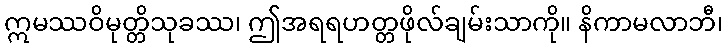
ဣမဿဝိမုတ္တိသုခဿ၊ ဤအရရဟတ္တဖိုလ်ချမ်းသာကို။ နိကာမလာဘီ၊